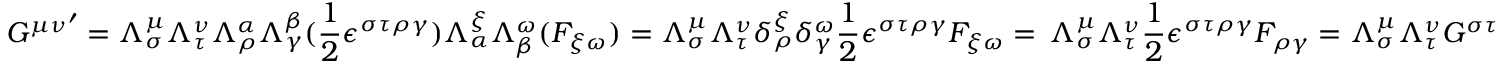
{ G ^ { \mu \nu } } ^ { \prime } = \Lambda _ { \sigma } ^ { \mu } \Lambda _ { \tau } ^ { \nu } \Lambda _ { \rho } ^ { \alpha } \Lambda _ { \gamma } ^ { \beta } ( \frac { 1 } { 2 } \epsilon ^ { \sigma \tau \rho \gamma } ) \Lambda _ { \alpha } ^ { \xi } \Lambda _ { \beta } ^ { \omega } ( F _ { \xi \omega } ) = \Lambda _ { \sigma } ^ { \mu } \Lambda _ { \tau } ^ { \nu } \delta _ { \rho } ^ { \xi } \delta _ { \gamma } ^ { \omega } \frac { 1 } { 2 } \epsilon ^ { \sigma \tau \rho \gamma } F _ { \xi \omega } = \, \Lambda _ { \sigma } ^ { \mu } \Lambda _ { \tau } ^ { \nu } \frac { 1 } { 2 } \epsilon ^ { \sigma \tau \rho \gamma } F _ { \rho \gamma } = \Lambda _ { \sigma } ^ { \mu } \Lambda _ { \tau } ^ { \nu } G ^ { \sigma \tau }